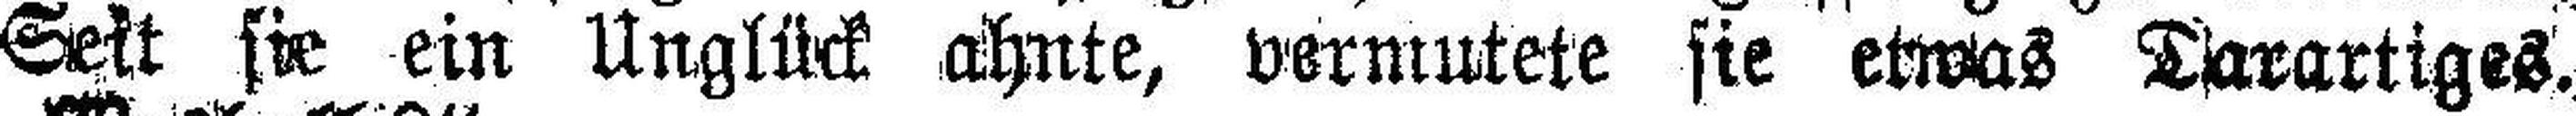
Seit sie ein Unglück ahnte, vermutete sie etwas Darartiges.